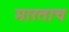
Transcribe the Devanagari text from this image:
मारताच